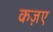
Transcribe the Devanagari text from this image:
कज़ए